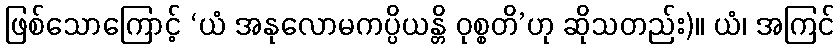
ဖြစ်သောကြောင့် ‘ယံ အနုလောမကပ္ပိယန္တိ ဝုစ္စတိ’ဟု ဆိုသတည်း)။ ယံ၊ အကြင်